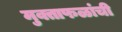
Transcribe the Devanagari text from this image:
मुक्ताफळांची